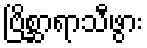
ဗြိစ္ဆာရာသီဖွား